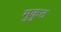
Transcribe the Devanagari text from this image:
मुकुठ